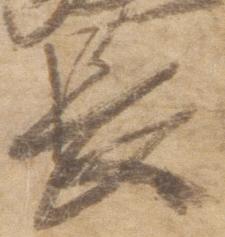
長